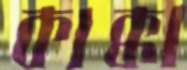
কাক্কা